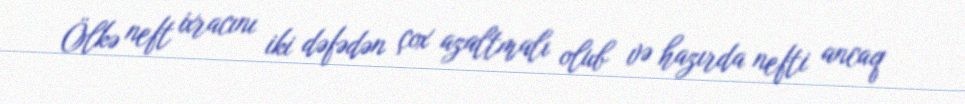
Ölkə neft ixracını iki dəfədən çox azaltmalı olub və hazırda nefti ancaq